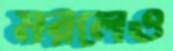
মরলেও